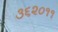
૩૬૨૦૧૧